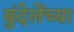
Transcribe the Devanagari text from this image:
बुंदेलेंच्या